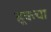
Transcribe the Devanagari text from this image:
हूकचा